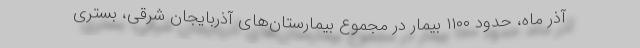
آذر ماه، حدود ۱۱۰۰ بیمار در مجموع بیمارستان‌های آذربایجان شرقی، بستری